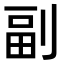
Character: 副